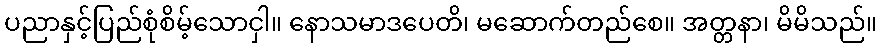
ပညာနှင့်ပြည်စုံစိမ့်သောငှါ။ နောသမာဒပေတိ၊ မဆောက်တည်စေ။ အတ္တနာ၊ မိမိသည်။